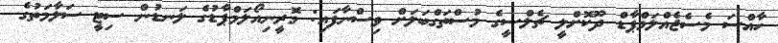
ހާއްސަ މެސެޖެއްލަމްޕާޑް ދޫކޮށްލީ ޗެލްސީގެ މުސްތަގްބަލަށް ވިސްނާފައި: މޮރީނިއޯލަމްޕާޑުގެ ލަނޑުން ސިޓީ ސަލާމަތުގެ